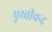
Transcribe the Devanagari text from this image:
पृथ्वीचन्द्र